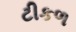
ટીકળ